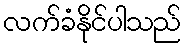
လက်ခံနိုင်ပါသည်